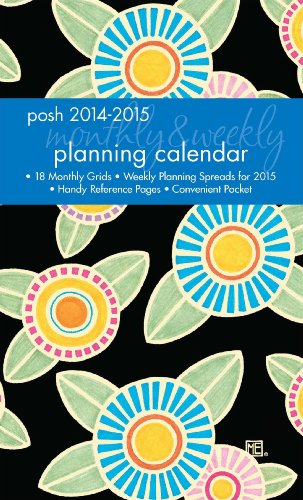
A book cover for Posh: Sunny Flowers 2014-2015 Monthly/Weekly Planning Calendar; Mary Engelbreit; Calendars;